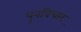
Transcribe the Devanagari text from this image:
पुनविचार